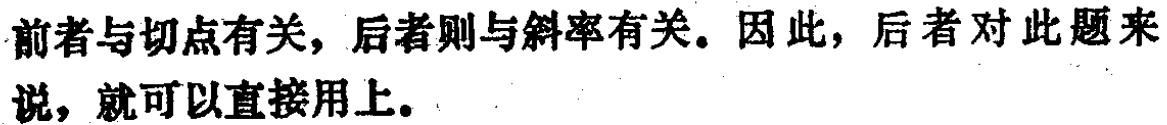
前者与切点有关，后者则与斜率有关。因此，后者对此题来说，就可以直接用上。